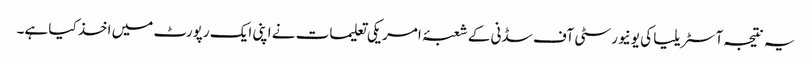
یہ نتیجہ آسٹریلیا کی یونیورسٹی آف سڈنی کے شعبۂ امریکی تعلیمات نے اپنی ایک رپورٹ میں اخذ کیا ہے۔